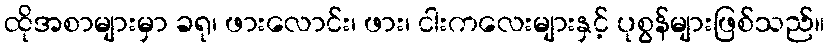
ထိုအစာများမှာ ခရု၊ ဖားလောင်း၊ ဖား၊ ငါးကလေးများနှင့် ပုစွန်များဖြစ်သည်။